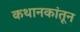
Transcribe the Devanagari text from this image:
कथानकांतून